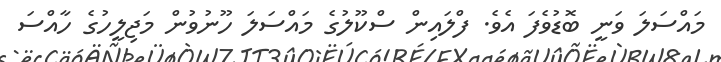
މައްސަލަ ވަނީ ބޮޑުވެފަ އެވެ. ފްލައިން ސްކޫލުގެ މައްސަލަ ހޫނުވުން މަޖިލީހުގެ ހާއްސަ